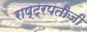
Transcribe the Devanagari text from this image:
राष्ट्रपतीजी